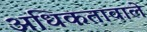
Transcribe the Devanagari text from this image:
अधिकतावाले